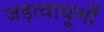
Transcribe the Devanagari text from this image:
जड़त्वाघूर्णों